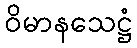
ဝိမာနသေဋ္ဌံ